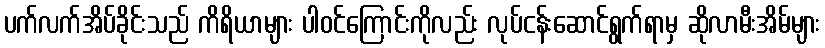
ပက်လက်အိပ်ခိုင်းသည် ကိရိယာများ ပါဝင်ကြောင်းကိုလည်း လုပ်ငန်းဆောင်ရွက်ရာမှ ဆိုလာမီးအိမ်များ